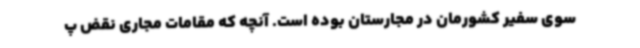
سوی سفیر کشورمان در مجارستان بوده است. آنچه که مقامات مجاری نقض پ